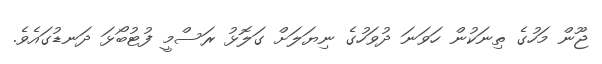
ޖޫން މަހުގެ ތިނަކުން ހަވަނަ ދުވަހުގެ ނިޔަލަށް ގަލޮޅު ރަސްމީ ފުޓުބޯޅަ ދަނޑުގައެވެ.